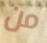
من